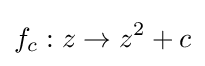
f_{c}:z\to z^{2}+c